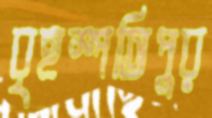
বৃহস্পতিপুর